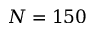
N = 1 5 0